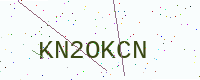
Text: KN2OKCN